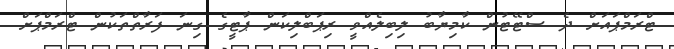
ޓްރަމްޕައަށް ދެ ސްޓޭޓުން ކާމިޔާބު ލިބިލެއްވީ ރިޕަބްލިކަން ޕާޓީގެ ގިނަ ފަރާތްތަކުން ޓްރަމްޕަށް